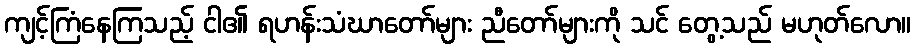
ကျင့်ကြံနေကြသည့် ငါ၏ ရဟန်းသံဃာတော်များ ညီတော်များကို သင် တွေ့သည် မဟုတ်လော။